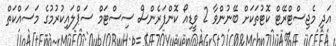
އަދި މެޖިސްޓްރޭޓް ކޮޓުތަކަށް ބޭނުންވާ 2 ވީޑިއޯ ކޮންފަރެންސް ސިސްޓަމް ސަޕްލައިކުރުމުގެ މަސައްކަތް